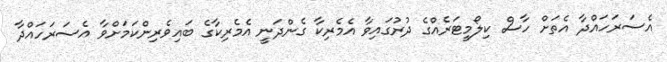
އެސަރަހައްދާ އެތަށް ހާސް ކިލޯމީޓަރެއްގެ ދުރުގައިވާ އެމެރިކާ ގެންދަނީ އެމެރިކާގެ ބައިވެރިންކަމަށްވާ އެސަރަހައްދާ